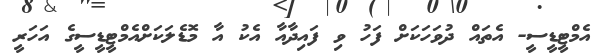
އެމްޓީޑީސީ- އެތައް ދުވަހަކަށް ފަހު ވި ފައިދާއާ އެކު އާ މޮޑެލަކަށްއެމްޓީޑީސީގެ އަހަރީ